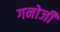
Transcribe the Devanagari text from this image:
गनोजी